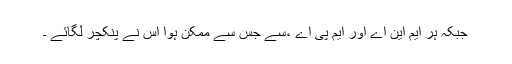
جبکہ ہر ایم این اے اور ایم پی اے ،سے جس سے ممکن ہوا اُس نے پنکچر لگائے ۔